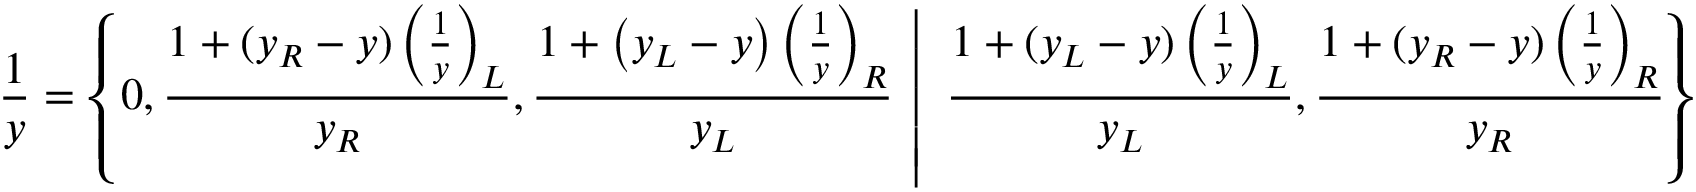
{ \frac { 1 } { y } } = \left\{ \left. 0 , { \frac { 1 + ( y _ { R } - y ) \left( { \frac { 1 } { y } } \right) _ { L } } { y _ { R } } } , { \frac { 1 + \left( y _ { L } - y \right) \left( { \frac { 1 } { y } } \right) _ { R } } { y _ { L } } } \, \, \right| \, \, { \frac { 1 + ( y _ { L } - y ) \left( { \frac { 1 } { y } } \right) _ { L } } { y _ { L } } } , { \frac { 1 + ( y _ { R } - y ) \left( { \frac { 1 } { y } } \right) _ { R } } { y _ { R } } } \right\}